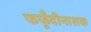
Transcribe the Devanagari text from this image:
फफूँदीनाशक